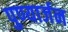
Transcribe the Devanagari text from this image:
पुण्यार्जन